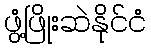
ဖွံ့ဖြိုးဆဲနိုင်ငံ